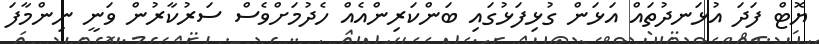
ޔޮޓް ފަދަ އުޅަނދުތައް އަޅަން ގުޅިފަޅުގައި ބަންކަރިންއެއް ހެދުމަށްވެސް ސަރުކާރުން ވަނީ ނިންމާފަ